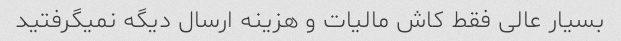
بسیار عالی فقط کاش مالیات و هزینه ارسال دیگه نمیگرفتید